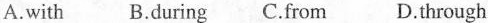
A.with B.during C.from D.through